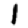
Digit: 1